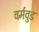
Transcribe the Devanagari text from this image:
वर्मवुड